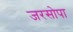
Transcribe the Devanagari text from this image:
जरसोपा